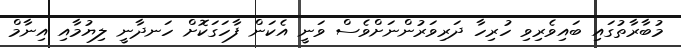
މުބާރާތުގައި ބައިވެރިވި ހުރިހާ ދަރިވަރުންނަށްވެސް ވަނީ އެކަން ފާހަގަކޮށް ހަނދާނީ ލިޔުމާއި އިނާމް